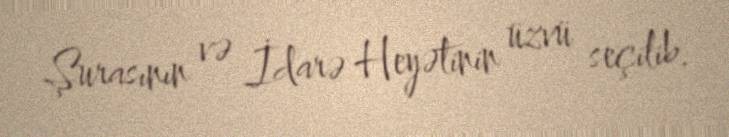
Şurasının və İdarə Heyətinin üzvü seçilib.